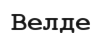
Велде